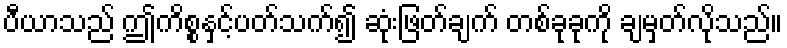
ပီယာသည် ဤကိစ္စနှင့်ပတ်သက်၍ ဆုံးဖြတ်ချက် တစ်ခုခုကို ချမှတ်လိုသည်။